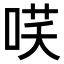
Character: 𭈎